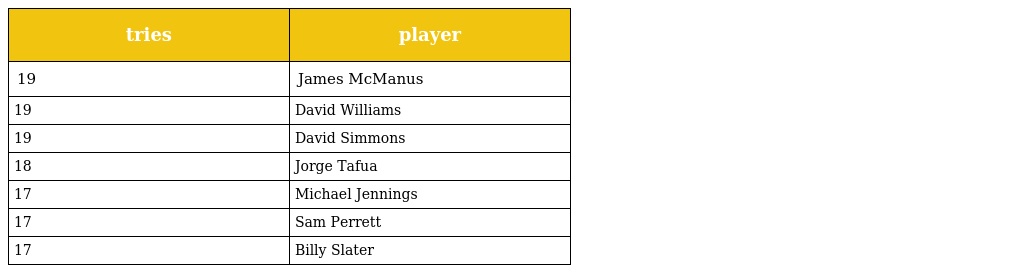
| tries | player |
 | --- | --- |
 | 19 | James McManus |
 | 19 | David Williams |
 | 19 | David Simmons |
 | 18 | Jorge Tafua |
 | 17 | Michael Jennings |
 | 17 | Sam Perrett |
 | 17 | Billy Slater |